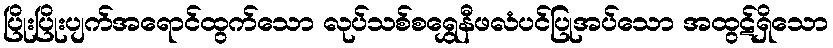
ပြိုးပြိုးပျက်အရောင်ထွက်သော လုပ်သစ်စရွှေနီဖလံပင်ပြုအပ်သော အထွဋ်ရှိသော